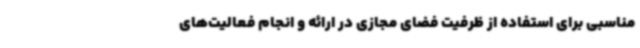
مناسبی برای استفاده از ظرفیت فضای مجازی در ارائه و انجام فعالیت‌های